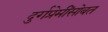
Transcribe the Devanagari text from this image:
दुर्गप्रेमींसोबत